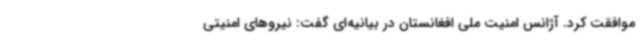
موافقت کرد. آژانس امنیت ملی افغانستان در بیانیه‌ای گفت: نیروهای امنیتی